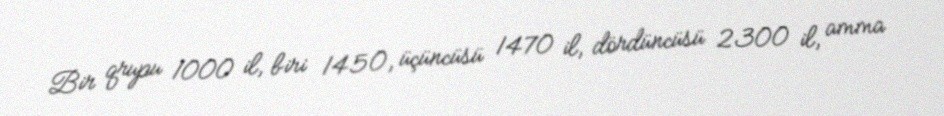
Bir qrupu 1000 il, biri 1450, üçüncüsü 1470 il, dördüncüsü 2300 il, amma